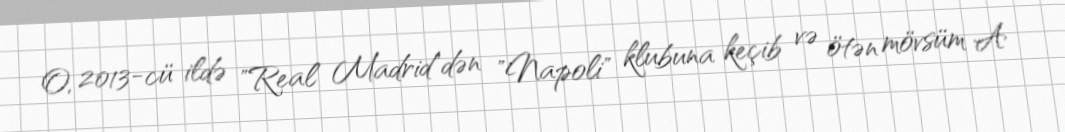
O, 2013-cü ildə "Real Madrid"dən "Napoli" klubuna keçib və ötən mövsüm A